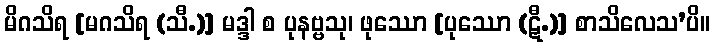
မိဂသိရ [မဂသိရ (သီ.)] မဒ္ဒါ စ ပုနဗ္ဗသု၊ ဖုဿော [ပုဿော (ဋီ.)] စာသိလေသ’ပိ။